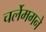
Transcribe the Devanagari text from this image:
चर्लेमगने